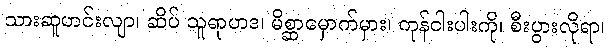
သားဆူဟင်းလျာ၊ ဆိပ် သူရာဟဒ၊ မိစ္ဆာမှောက်မှား၊ ကုန်ငါးပါးကို၊ စီးပွားလိုရာ၊